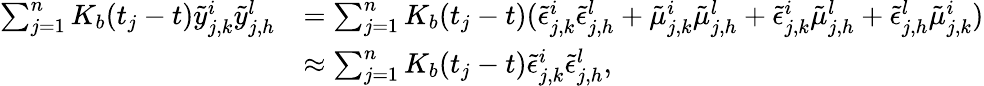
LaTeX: \begin{array}{rl}{\sum_{j=1}^{n}K_{b}(t_{j}-t)\tilde{y}_{j,k}^{i}\tilde{y}_{j,h}^{l}}&{=\sum_{j=1}^{n}K_{b}(t_{j}-t)(\tilde{\epsilon}_{j,k}^{i}\tilde{\epsilon}_{j,h}^{l}+\tilde{\mu}_{j,k}^{i}\tilde{\mu}_{j,h}^{l}+\tilde{\epsilon}_{j,k}^{i}\tilde{\mu}_{j,h}^{l}+\tilde{\epsilon}_{j,h}^{l}\tilde{\mu}_{j,k}^{i})}\\ &{\approx\sum_{j=1}^{n}K_{b}(t_{j}-t)\tilde{\epsilon}_{j,k}^{i}\tilde{\epsilon}_{j,h}^{l},}\end{array}